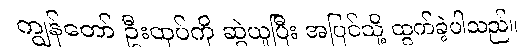
ကျွန်တော် ဦးထုပ်ကို ဆွဲယူပြီး အပြင်သို့ ထွက်ခဲ့ပါသည်။